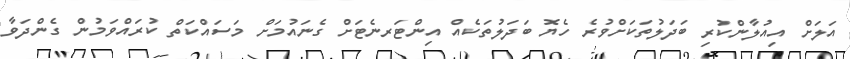
އަލަށް އިއުލާންކުރި ބަދަލުތަކަށްވުރެ ހެޔޮ ބަދަލުތަކެއް އިންޓަރނެޓަށް ގެނައުމަށް މަސައްކަތް ކުރައްވަމުން ގެންދަވާ